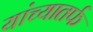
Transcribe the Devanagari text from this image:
यांच्यातर्फ